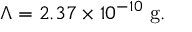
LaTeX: \Lambda = 2 . 3 7 \times 1 0 ^ { - 1 0 } \ \mathrm { g } .